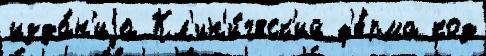
изда́н'иjа Кл'ин'и́ческ'ий ф'е́рма код